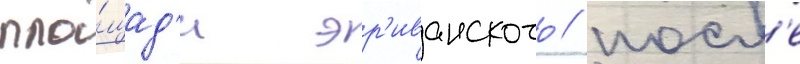
пло́щад'и эр'иванского / посл'е